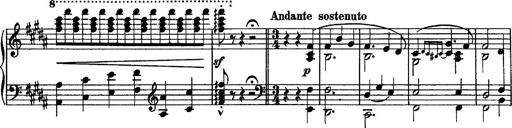
Title: Piano Sonata
Composer: Karl HÃ¤ssler
Key: C major